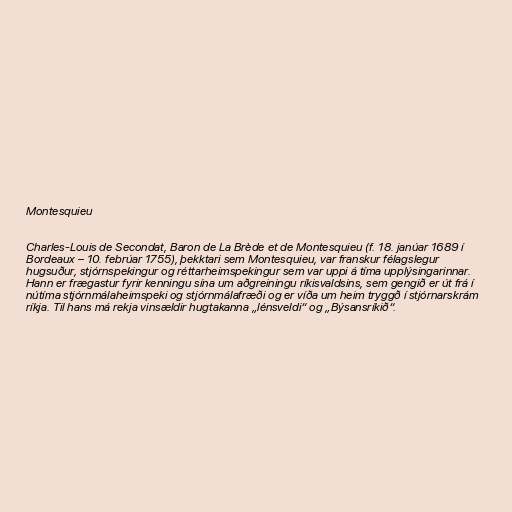
Montesquieu

Charles-Louis de Secondat, Baron de La Brède et de Montesquieu (f. 18. janúar 1689 í
Bordeaux – 10. febrúar 1755), þekktari sem Montesquieu, var franskur félagslegur
hugsuður, stjórnspekingur og réttarheimspekingur sem var uppi á tíma upplýsingarinnar.
Hann er frægastur fyrir kenningu sína um aðgreiningu ríkisvaldsins, sem gengið er út frá í
nútíma stjórnmálaheimspeki og stjórnmálafræði og er víða um heim tryggð í stjórnarskrám
ríkja. Til hans má rekja vinsældir hugtakanna „lénsveldi“ og „Býsansríkið“.